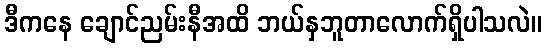
ဒီကနေ ချောင်ညမ်းနီအထိ ဘယ်နှဘူတာလောက်ရှိပါသလဲ။